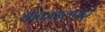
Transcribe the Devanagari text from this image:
लोकपालपदी